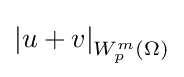
\textstyle \left\vert u+v\right\vert _{W_{p}^{m}(\Omega )}